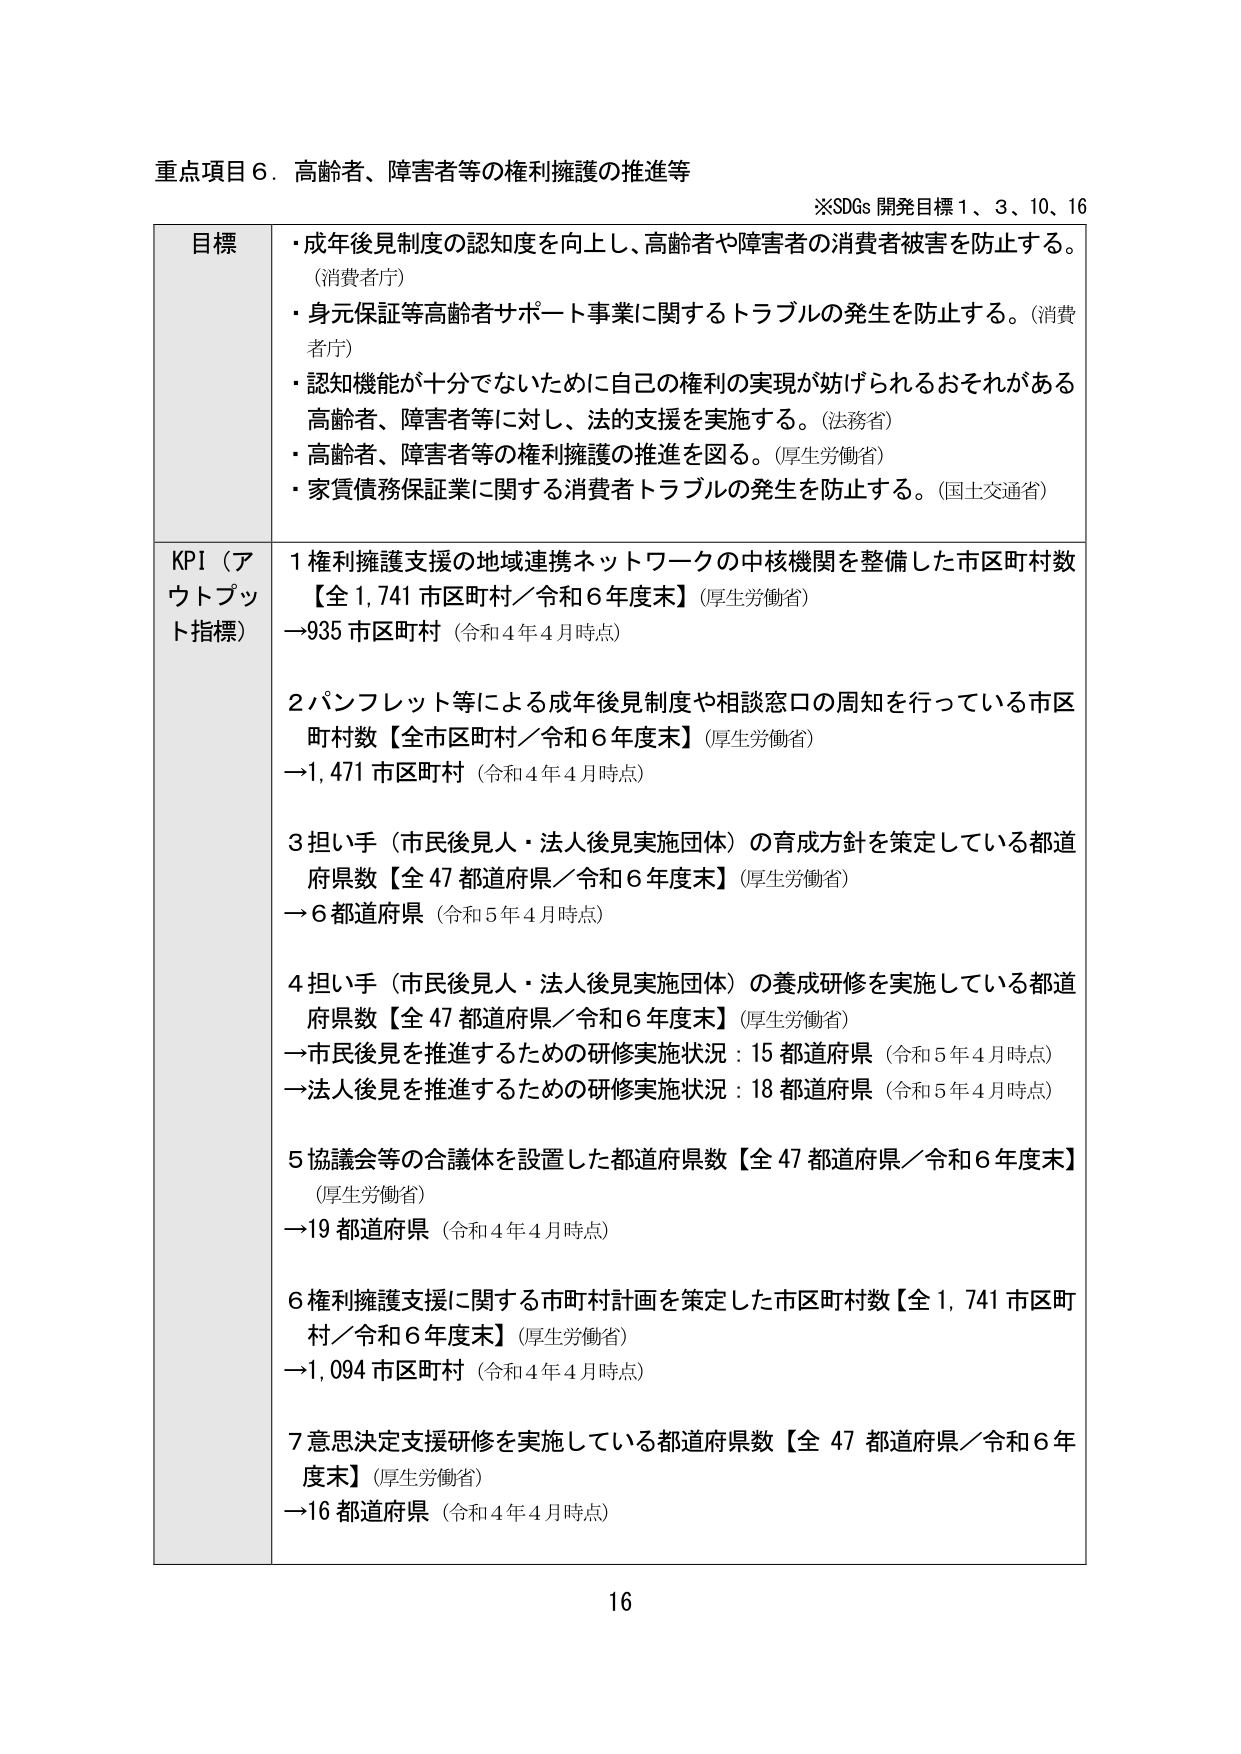
重点項目６．高齢者、障害者等の権利擁護の推進等
※SDGs 開発目標１、３、10、16

目標
・成年後見制度の認知度を向上し、高齢者や障害者の消費者被害を防止する。（消費者庁）
・身元保証等高齢者サポート事業に関するトラブルの発生を防止する。（消費者庁）
・認知機能が十分でないために自己の権利の実現が妨げられるおそれがある高齢者、障害者等に対し、法的支援を実施する。（法務省）
・高齢者、障害者等の権利擁護の推進を図る。（厚生労働省）
・家賃債務保証業に関する消費者トラブルの発生を防止する。（国土交通省）

KPI（アウトプット指標）
１ 権利擁護支援の地域連携ネットワークの中核機関を整備した市区町村数【全1,741市区町村／令和6年度末】（厚生労働省）
→935市区町村（令和4年4月時点）

２ パンフレット等による成年後見制度や相談窓口の周知を行っている市区町村数【全市区町村／令和6年度末】（厚生労働省）
→1,471市区町村（令和4年4月時点）

３ 担い手（市民後見人・法人後見実施団体）の育成方針を策定している都道府県数【全47都道府県／令和6年度末】（厚生労働省）
→6都道府県（令和5年4月時点）

４ 担い手（市民後見人・法人後見実施団体）の養成研修を実施している都道府県数【全47都道府県／令和6年度末】（厚生労働省）
→市民後見を推進するための研修実施状況：15都道府県（令和5年4月時点）
→法人後見を推進するための研修実施状況：18都道府県（令和5年4月時点）

５ 協議会等の合議体を設置した都道府県数【全47都道府県／令和6年度末】（厚生労働省）
→19都道府県（令和4年4月時点）

６ 権利擁護支援に関する市町村計画を策定した市区町村数【全1,741市区町村／令和6年度末】（厚生労働省）
→1,094市区町村（令和4年4月時点）

７ 意思決定支援研修を実施している都道府県数【全47都道府県／令和6年度末】（厚生労働省）
→16都道府県（令和4年4月時点）

16